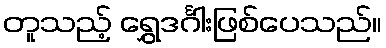
တူသည့် ရွှေဒင်္ဂါးဖြစ်ပေသည်။